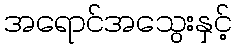
အရောင်အသွေးနှင့်